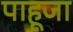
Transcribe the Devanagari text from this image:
पाहूजा